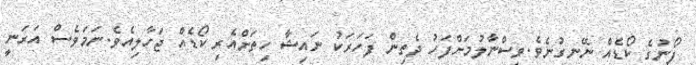
ފޯނުގެ ކޯޑެއް ނޭނގުނެވެ.ވިސްނާލުމަށްފަހު ދެތިން ފަހަރަކު ނައިޝާ ހިތަށްއެރި ކޯޑެއް ޖަހާލިއެވެ.ނަމަވެސް އަރަނީ